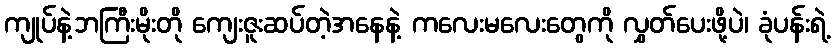
ကျုပ်နဲ့ဘကြီးမိုးတို ကျေးဇူးဆပ်တဲ့အနေနဲ့ ကလေးမလေးတွေကို လွှတ်ပေးဖို့ပဲ၊ ခုံပန်းရဲ့